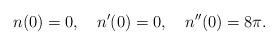
LaTeX: \begin{align*}n(0)=0,\quad n'(0)=0,\quad n''(0)=8\pi.\end{align*}